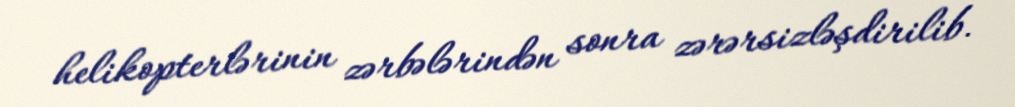
helikopterlərinin zərbələrindən sonra zərərsizləşdirilib.